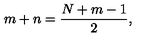
m + n = \frac { N + m - 1 } { 2 } ,